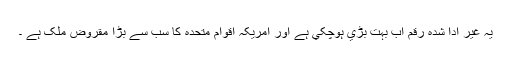
يہ غير ادا شدہ رقم اب بہت بڑي ہوچکي ہے اور امريکہ اقوامِ متحدہ کا سب سے بڑا مقروض ملک ہے ۔